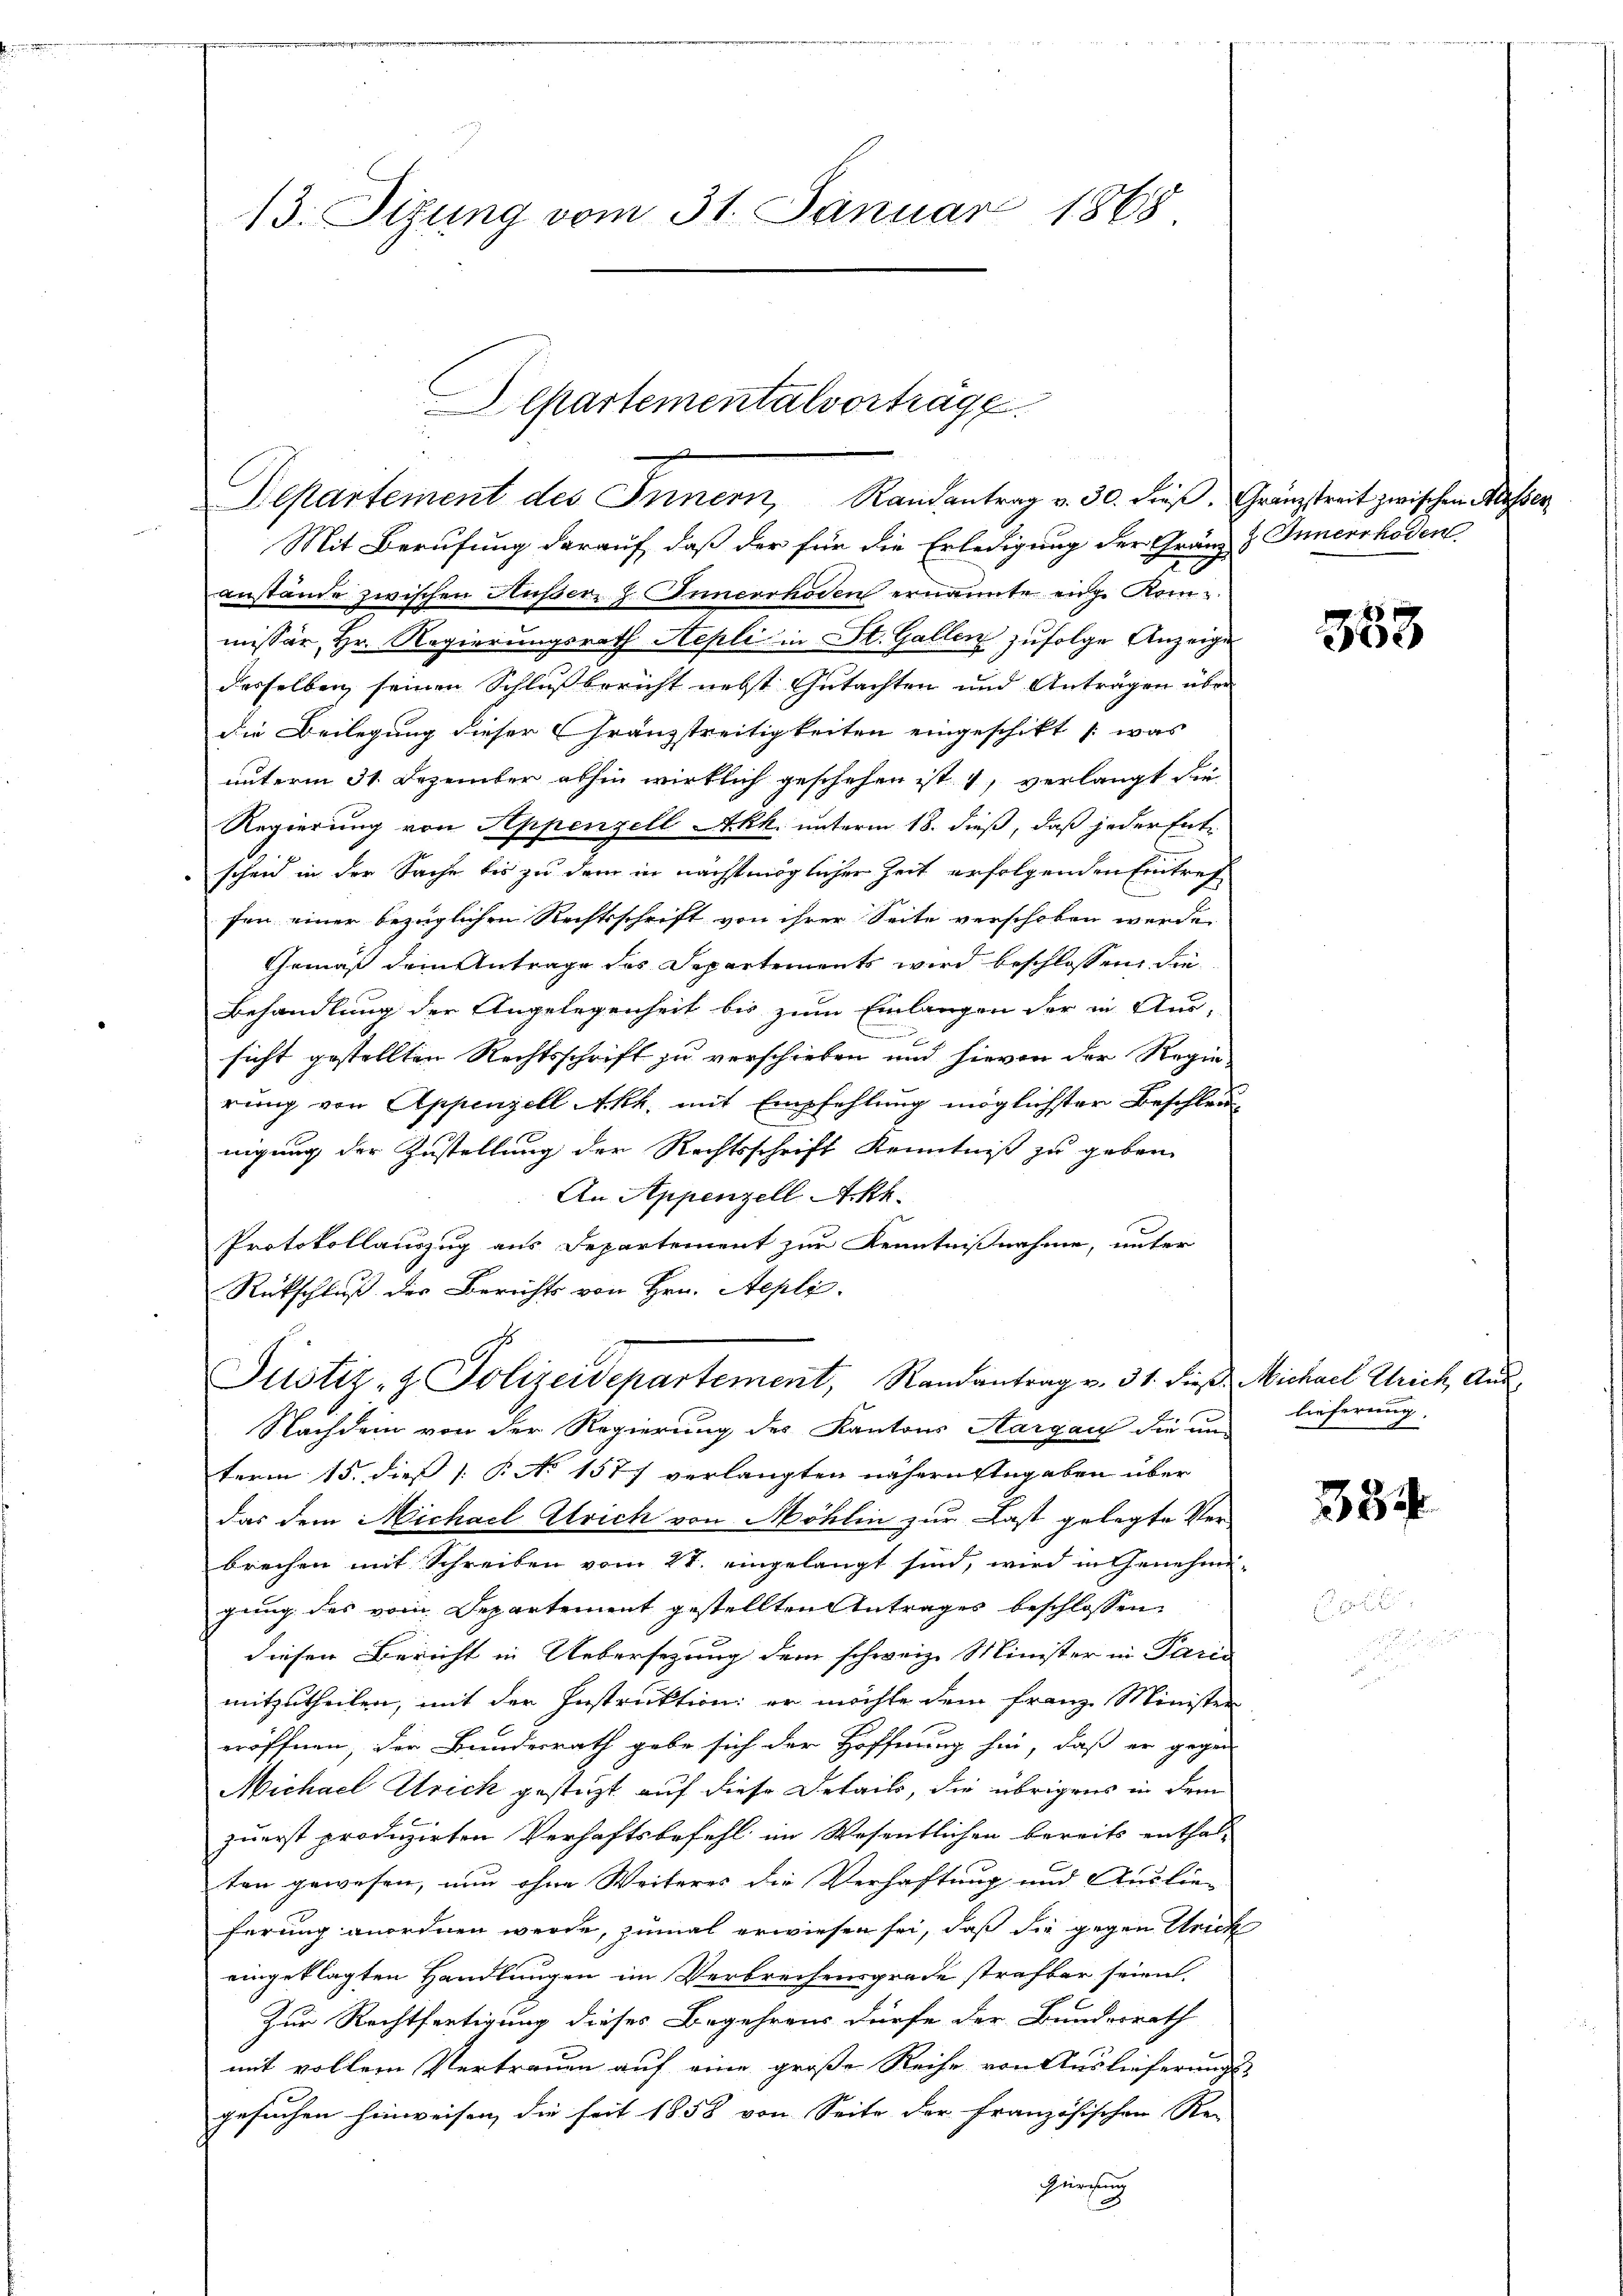
Mit Berufung darauf, daß der für die Erledigung der Gränz & Innerrhoden
anstände zwischen Außer H. Innerrhoden ernannte eige Kom-
missär, Hr. Regierungsrath Aepli in St. Gallen zufolge Anzeigen
derselben seinen Schlußbericht nebst Gutachten und Anträgen über
die Beilegung dieser Gränzstreitigkeiten eingeschikt (was
unterm 31. Dezember abhin wirklich geschehen ist 4, verlangt die
Regierung von Appenzell Akk. unterm 18. dieß, daß jeder Entscheid in der Sache bis zu dem in nächstmöglicher Zeit erfolgenden Eintreffen einer bezüglichen Rechtsschrift von ihrer Seite verschoben werde.
Gemäß dem Antrage des Departements wird beschlossen, die
Behandlung der Angelegenheit bis zum Einlangen der in Aus-
.
sicht gestellten Rechtsschrift zu verschieben und hievon der Regie
rung von Appenzell Akt, mit Empfehlung möglichster Beschleunigung der Zustellung der Rechtsschrift Kenntniß zu geben.
An Appenzell Akt.
Protokollauszug aus Departement zur Kenntnißnahme, unter
Rückschluß der Berichts von Hrn. Aepli.
Justiz- & Polizeidepartement, Randantrag v. 31. dieß Michael Strich, Aus¬
Nachdem von der Regierung des Kantons Aargau die un-
term 15. dies [§ No 1577 verlangten nähern Angaben über
das dem Michael Ulrich von Möhlin zur Last gelegte Ver-
brechen mit Schreiben vom 27. eingelangt sind, wird in Genehmi-
gung des vom Departement gestellten Antrages beschlossen
diesen Bericht in Uebersezung dem schweiz. Minister in Paris
mitzutheilen, mit der Instruktion er möchte dem Franz Minister
eröffnen, der Bundesrath gebe sich der Hoffnung hin, daß er gegen
Michael Erich gestüzt auf diese Details, die übrigens in dem
zuerst produzirten Verhaftsbefehl im Wesentlichen bereits enthal-
ten gewesen, nun ohne Weiteres die Verhaftung und Auslie-
ferung anordnen werde, zumal erwiesen sei, daß die gegen Strich
eingeklagten Handlungen im Verbrechensgrade strafbar seien.
Zur Rechtfertigung dieses Begehrens dürfe der Bundesrath
mit vollem Vertrauen auf eine große Reihe von Auslieferungs-
gesuchen hinweisen, die seit 1858 von Seite der französischen Rei
Hircsag

13. Sizung vom 31. Januar 1868

Aepartementalvorträge
x
Repartement des Innern, Randantrag v. 30. dieβ. Gränzstreit zwischen Klasser

358

lieferung.

334